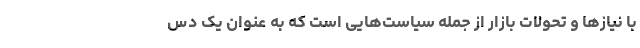
با نیازها و تحولات بازار از جمله سیاست‌هایی است که به عنوان یک دس